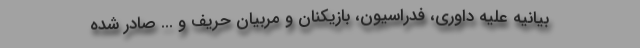
بیانیه علیه داوری، فدراسیون، بازیکنان و مربیان حریف و ... صادر شده